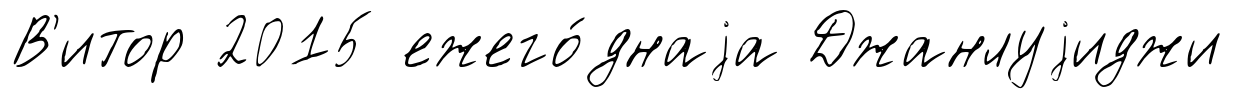
В'итор 2015 ежего́днаjа Джанлуjиджи